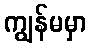
ကျွန်မမှာ